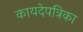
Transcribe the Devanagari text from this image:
कायदेपत्रिका